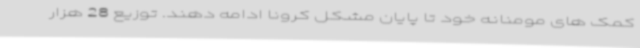
کمک های مومنانه خود تا پایان مشکل کرونا ادامه دهند. توزیع 28 هزار